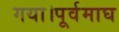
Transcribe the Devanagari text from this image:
गया।पूर्वमाघ